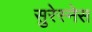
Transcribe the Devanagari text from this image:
सुरेस्नेस